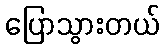
ပြောသွားတယ်